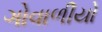
ગોવાળીયો